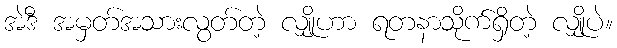
အဲဒီ အမှတ်အသားလွတ်တဲ့ လျှိုဟာ ရတနာသိုက်ရှိတဲ့ လျှိုပဲ။